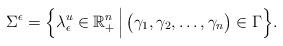
LaTeX: \begin{align*} \Sigma^{\epsilon} = \Bigl\{ \lambda_{\epsilon}^{u} \in \mathbb{R}_{+}^n \, \Bigl \vert \, \bigl(\gamma_1, \gamma_2, \ldots, \gamma_n \bigr) \in \Gamma \Bigr\}. \end{align*}